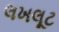
લખલૂટ